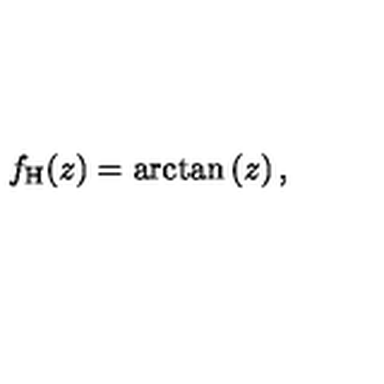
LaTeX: f _ { \mathrm { H } } ( z ) = \arctan \left( z \right) ,